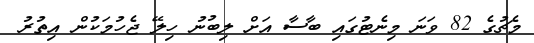
މެޗުގެ 82 ވަނަ މިނެޓުގައި ބާސާ އަށް ލިބުނު ހިލޭ ޖެހުމަކުން އިތުރު